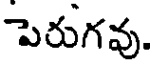
పెరుగవు.